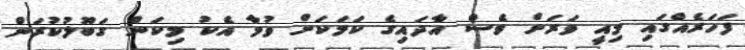
ފަހަރެއްގައި މިއީ ވަރަށް ވެސް އާދައިގެ ކަމަކަށް ވުމާ އެކު މިކަން ގަބޫލުކުރަން